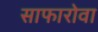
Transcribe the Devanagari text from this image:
साफारोवा